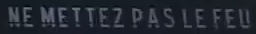
NE METTEZ PAS LE FEU